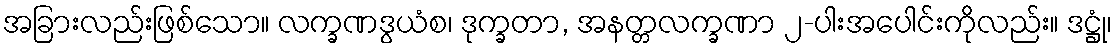
အခြားလည်းဖြစ်သော။ လက္ခဏဒွယံစ၊ ဒုက္ခတာ, အနတ္တလက္ခဏာ ၂-ပါးအပေါင်းကိုလည်း။ ဒဋ္ဌုံ၊